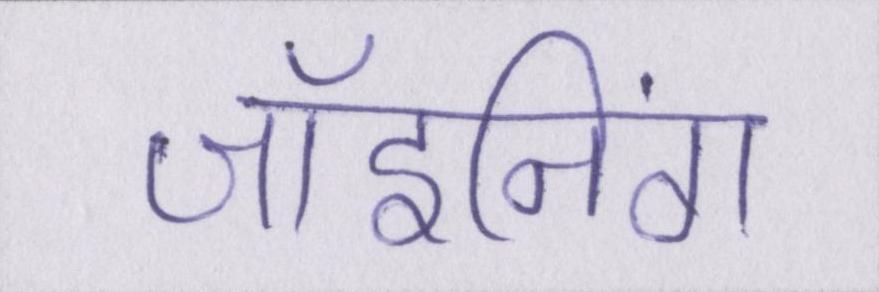
जॉइनिंग